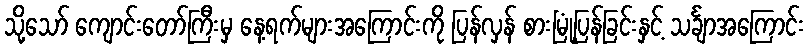
သို့သော် ကျောင်းတော်ကြီးမှ နေ့ရက်များအကြောင်းကို ပြန်လှန် စားမြုံ့ပြန်ခြင်းနှင့် သင်္ချာအကြောင်း